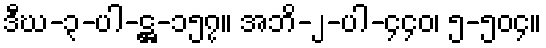
ဒီဃ-၃-ပါ-ဋ္ဌ-၁၅၇။ အဘိ-၂-ပါ-၄၄၀၊ ၅-၅၀၄။